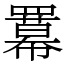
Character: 羃